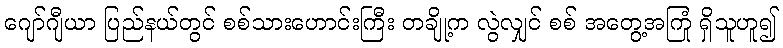
ဂျော်ဂျီယာ ပြည်နယ်တွင် စစ်သားဟောင်းကြီး တချို့က လွဲလျှင် စစ် အတွေ့အကြုံ ရှိသူဟူ၍